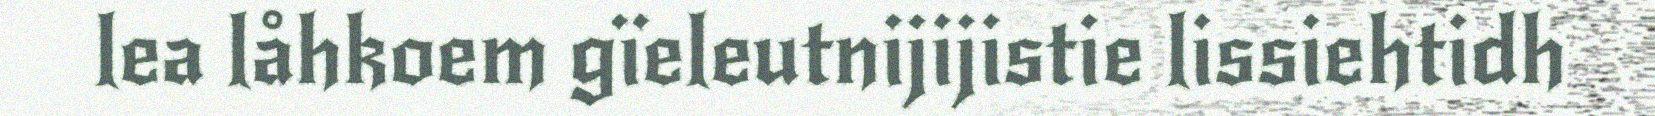
lea låhkoem gïeleutnijijistie lissiehtidh